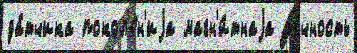
да́тчика покол'е́н'иjа магн'и́тнаjа то́чность